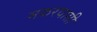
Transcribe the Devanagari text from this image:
मकरवासी